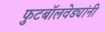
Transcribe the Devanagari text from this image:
फुटबॉलवेड्यांनी